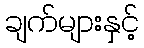
ချက်များနှင့်